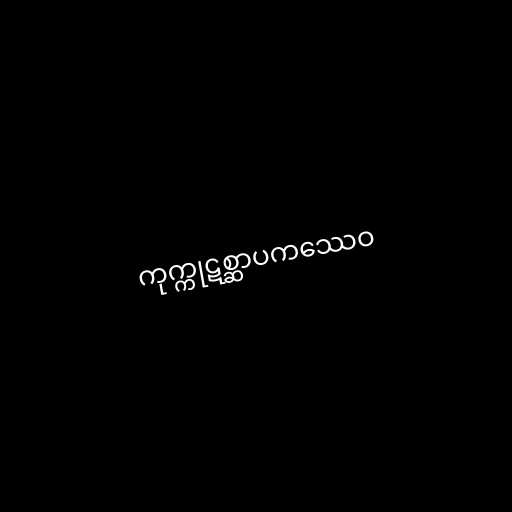
ကုက္ကုဋစ္ဆာပကဿေဝ